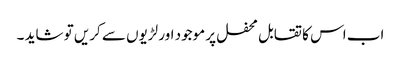
اب اس کا تقابل محفل پر موجود اور لڑیوں سے کریں تو شاید ۔